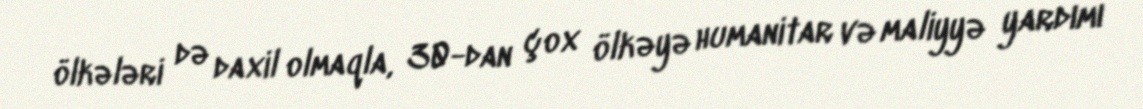
ölkələri də daxil olmaqla, 30-dan çox ölkəyə humanitar və maliyyə yardımı